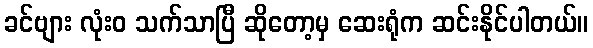
ခင်ဗျား လုံးဝ သက်သာပြီ ဆိုတော့မှ ဆေးရုံက ဆင်းနိုင်ပါတယ်။